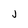
Character: j